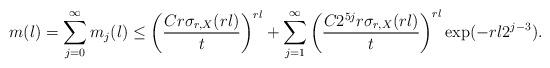
LaTeX: \begin{align*}m(l)= \sum_{j=0}^{\infty} m_j(l)\leq \left(\frac{Cr\sigma_{r,X}(rl)}{t}\right)^{rl}+\sum_{j= 1}^\infty\left(\frac{C2^{5j}r\sigma_{r,X}(rl)}{t}\right)^{rl}\exp(-rl2^{j-3}).\end{align*}